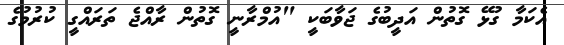
އެކަމާ ގުޅޭ ގޮތުން އަދީބުގެ ޖަވާބަކީ "އުމްރާނީ ގޮތުން ރާއްޖެ ތަރައްގީ ކުރުމުގެ